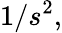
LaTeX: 1/s^{2},